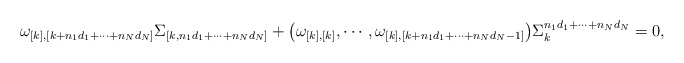
\begin{align*}\omega_{[k],[k+n_1d_1+\cdots +n_Nd_N]}\Sigma_{[k,n_1d_1+\cdots +n_Nd_N]}+\big(\omega_{[k],[k]},\cdots,\omega_{[k],[k+n_1d_1+\cdots +n_Nd_N-1]}\big)\Sigma_k^{n_1d_1+\cdots +n_Nd_N}=0,\end{align*}